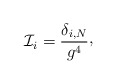
\begin{align*}{\cal I}_i = {\delta_{i,N}\over g^4}\raise 2pt\hbox{,}\end{align*}